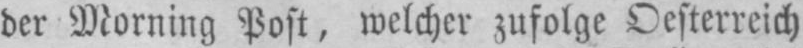
der Morning Post, welcher zufolge Oesterreich